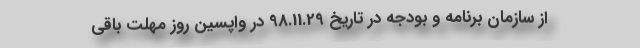
از سازمان برنامه و بودجه در تاریخ 98.11.29 در واپسین روز مهلت باقی